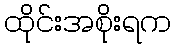
ထိုင်းအစိုးရက